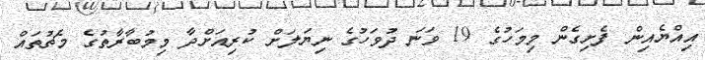
އިއްޔެއިން ފެށިގެން މިމަހުގެ 19 ވަނަ ދުވަހުގެ ނިޔަލަށް ކުރިއަށްދާ މިމުބާރާތުގެ މެޗުތައް